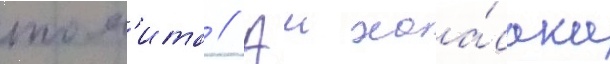
том'ита // Аи хаа́сака